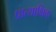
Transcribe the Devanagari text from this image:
प्रात्याक्षिक